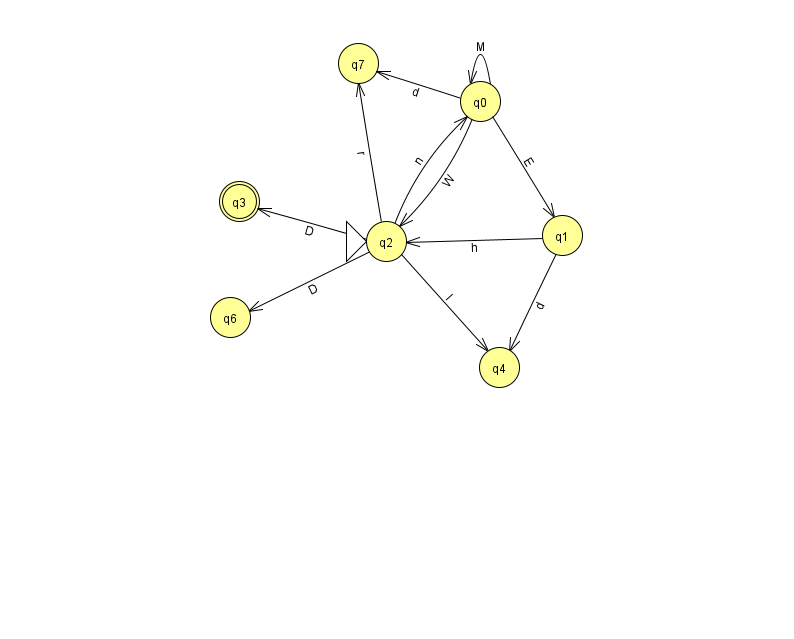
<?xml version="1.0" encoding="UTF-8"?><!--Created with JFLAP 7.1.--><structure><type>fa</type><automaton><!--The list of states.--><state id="0" name="q0"><x>480.0</x><y>88.0</y></state><state id="1" name="q1"><x>562.0</x><y>222.0</y></state><state id="2" name="q2"><x>386.0</x><y>228.0</y><initial/></state><state id="3" name="q3"><x>239.0</x><y>188.0</y><final/></state><state id="4" name="q4"><x>499.0</x><y>354.0</y></state><state id="6" name="q6"><x>230.0</x><y>304.0</y></state><state id="7" name="q7"><x>358.0</x><y>50.0</y></state><!--The list of transitions.--><transition><from>0</from><to>1</to><read>E</read></transition><transition><from>0</from><to>2</to><read>W</read></transition><transition><from>2</from><to>4</to><read>l</read></transition><transition><from>1</from><to>2</to><read>h</read></transition><transition><from>0</from><to>7</to><read>d</read></transition><transition><from>2</from><to>3</to><read>D</read></transition><transition><from>0</from><to>0</to><read>M</read></transition><transition><from>2</from><to>6</to><read>D</read></transition><transition><from>2</from><to>0</to><read>n</read></transition><transition><from>1</from><to>4</to><read>d</read></transition><transition><from>2</from><to>7</to><read>r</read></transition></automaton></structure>